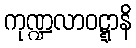
ကုဏ္ဍလာဝဋ္ဋာနိ